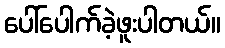
ပေါ်ပေါက်ခဲ့ဖူးပါတယ်။